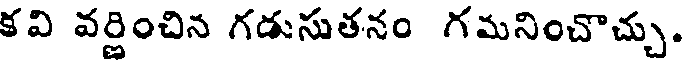
కవి వర్ణించిన గడుసుతనం గమనించొచ్చు.